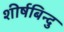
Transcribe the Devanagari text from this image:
शीर्षबिन्दु